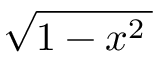
\sqrt { 1 - x ^ { 2 } \, }